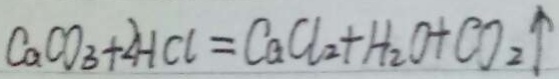
C a C O _ { 3 } + 2 H C l = C a C l _ { 2 } + H _ { 2 } O + C O _ { 2 } \uparrow